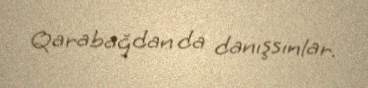
Qarabağdan da danışsınlar.